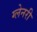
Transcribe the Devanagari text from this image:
ग्‍लेनरी